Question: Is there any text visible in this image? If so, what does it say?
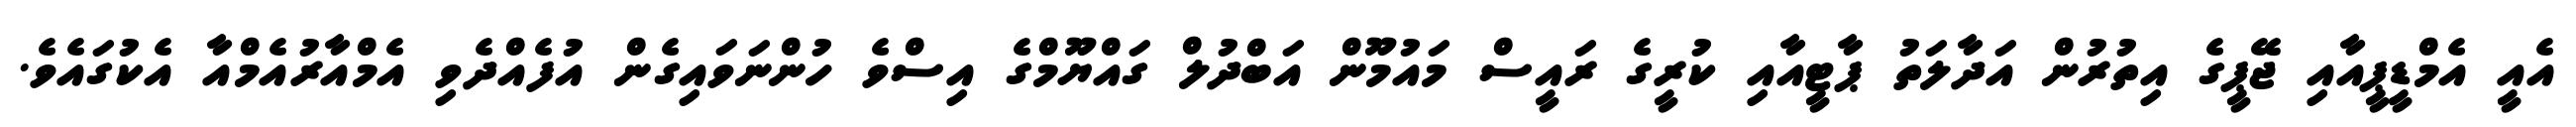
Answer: އެއީ އެމްޑީޕީއާއި ޖޭޕީގެ އިތުރުން އަދާލަތު ޕާޓީއާއި ކުރީގެ ރައީސް މައުމޫން އަބްދުލް ގައްޔޫމްގެ އިސްވެ ހުންނަވައިގެން އުފެއްދެވި އެމްއާރުއެމްއާ އެކުގައެވެ.